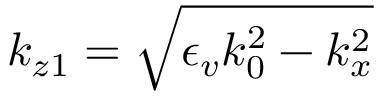
k _ { z 1 } = \sqrt { \epsilon _ { v } k _ { 0 } ^ { 2 } - k _ { x } ^ { 2 } }